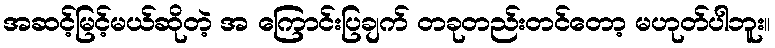
အဆင့်မြင့်မယ်ဆိုတဲ့ အ ကြောင်းပြချက် တခုတည်းတင်တော့ မဟုတ်ပါဘူး။